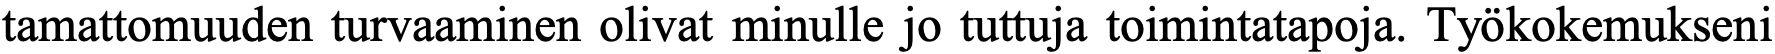
tamattomuuden turvaaminen olivat minulle jo tuttuja toimintatapoja. Työkokemukseni